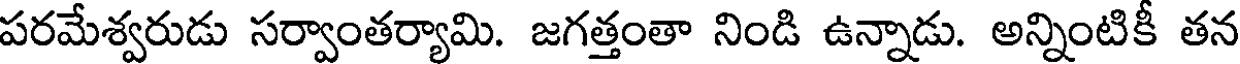
పరమేశ్వరుడు సర్వాంతర్యామి. జగత్తంతా నిండి ఉన్నాడు. అన్నింటికీ తన